Leaving Certificate Examination, 1920, 1920
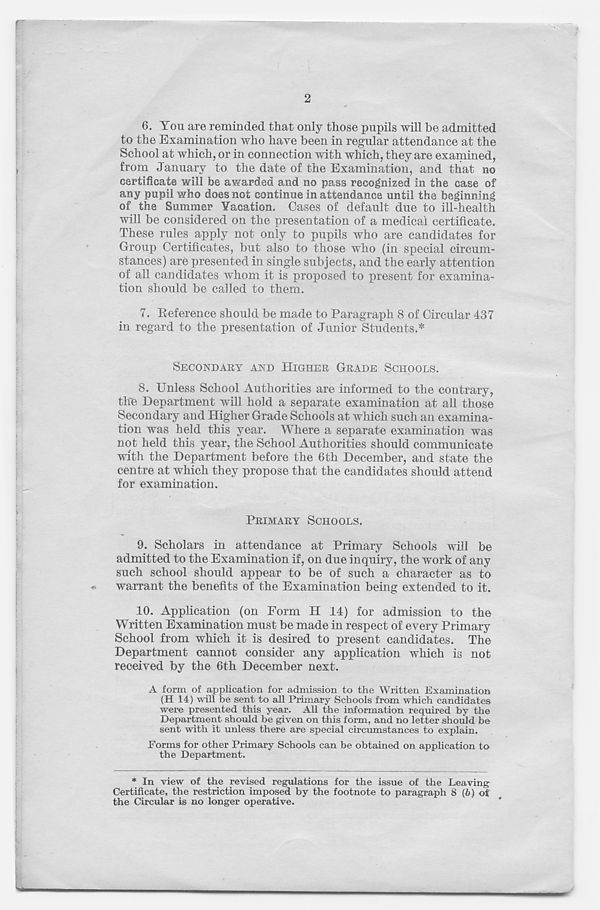
r
2
6. You are reminded that only those pupils will he admitted
to the Examination who have been in regular attendance at the
School at which, or in connection with which, they are examined,
from January to the date of the Examination, and that no
certificate will be awarded and no pass recognized in the case of
any pupil who does not continue in attendance until the beginning
of the Summer Vacation. Cases of default due to ill-health
will be considered on the presentation of a medical certificate.
These rules apply not only to pupils who are candidates for
Group Certificates, but also to those who (in special circum-
stances) are presented in single subjects, and the early attention
of all candidates whom it is proposed to present for examina-
tion should be called to them.
7. Reference should be made to Paragraph 8 of Circular 437
in regard to the presentation of Junior Students.*
SECONDARY AND HIGHER GRADE SCHOOLS.
8.
Unless School Authoritie
the Department will hold a separate examination at all those
Secondary and Higher Grade Schools at which such an examina-
tion was held this year. Where a separate examination was
not held this year, the School Authorities should communicate
with the Department before the 6th December, and state the
centre at which they propose that the candidates should attend
for examination.
PRIMARY SCHOOLS.
9. Scholars in attendance at Primary Schools will be
admitted to the Examination if, on due inquiry, the work of any
such school should appear to be of such a character as to
• warrant the benefits of the Examination being extended to it.
10. Application (on Form H 14) for admission to the
Written Examination must be made in respect of every Primary
School from which it is desired to present candidates. The
Department cannot consider any application which is not
received by the 6th December next.
A form of application for admission to the Written Examination
(H 14) will be sent to all Primary Schools from which candidates
were presented this year. All the information required by the
Department should be given on this form, and no letter should be
sent with it unless there are special circumstances to explain.
Forms for other Primary Schools can be obtained on application to
the Department.
* In view of the revised regulations for the issue of the Leaving
Certificate, the restriction imposed by the footnote to paragraph 8 (6) of
the Circular is no longer operative.